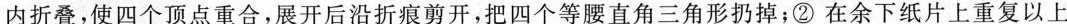
内折叠，使四个顶点重合，展开后沿折痕剪开，把四个等腰直角三角形扔掉；②在余下纸片上重复以上